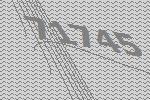
71745